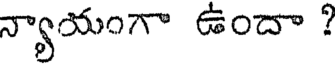
న్యాయంగా ఉందా ?